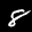
Label: 8